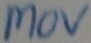
Text: MOV